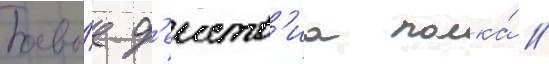
Боевы́е д'еиств'иа полка́ //